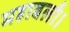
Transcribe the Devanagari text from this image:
महाबलौ।